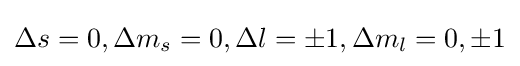
\Delta s=0,\Delta m_{s}=0,\Delta l=\pm 1,\Delta m_{l}=0,\pm 1